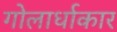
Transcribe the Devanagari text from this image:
गोलार्धाकार